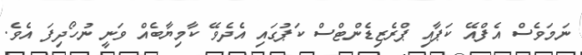
ނަމަވެސް އެފްއޭ ކަޕާއި ޕްރެޒިޑެންޓްސް ކަޕުގައި އެދެވޭ ކާމިޔާބެއް ވަނީ ނުހޯދިފަ އެވެ.